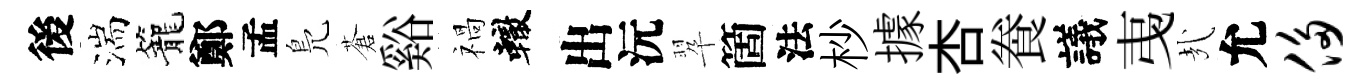
後湍籠鄭孟鳬蒼谿禍轍出沅翆箇法杪據杏飬議𢎯㢤允侈